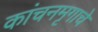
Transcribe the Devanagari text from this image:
कांचनमृगाचे